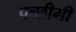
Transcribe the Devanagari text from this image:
पच्छीमी